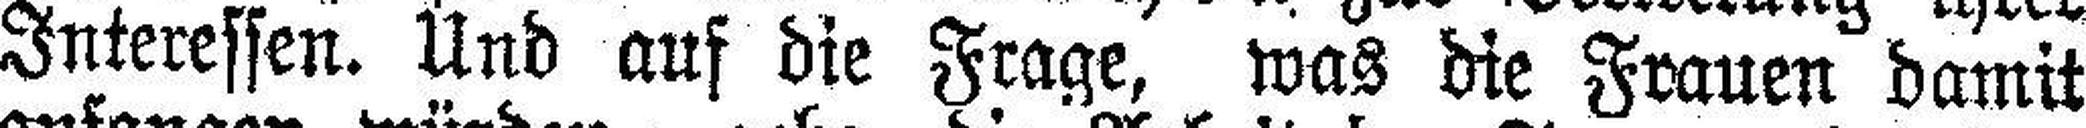
Interessen. Und auf die Frage, was die Frauen damit